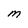
Character: m